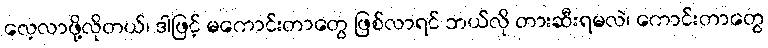
လေ့လာဖို့လိုတယ်၊ ဒါဖြင့် မကောင်းတာတွေ ဖြစ်လာရင် ဘယ်လို တားဆီးရမလဲ၊ ကောင်းတာတွေ